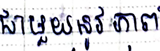
ជាមួយនូវភាព